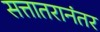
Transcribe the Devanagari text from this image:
सत्तातरानंतर